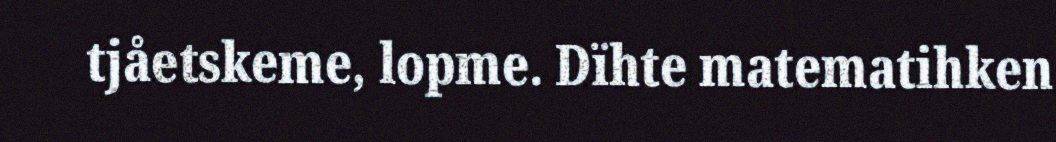
tjåetskeme, lopme. Dïhte matematihken